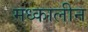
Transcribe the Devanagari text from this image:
मध्कालीन